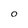
Character: O